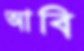
আবি